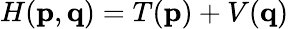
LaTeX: H(\mathbf{p},\mathbf{q})=T(\mathbf{p})+V(\mathbf{q})